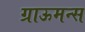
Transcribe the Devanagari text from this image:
ग्राऊमन्स